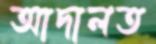
আদালত